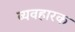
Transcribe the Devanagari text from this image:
व्यवहारक